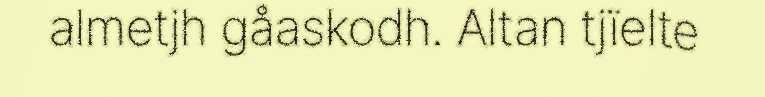
almetjh gåaskodh. Altan tjïelte